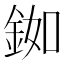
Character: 銣